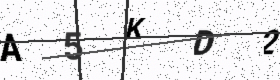
Text: A5KD2